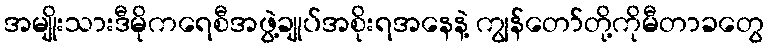
အမျိုးသားဒီမိုကရေစီအဖွဲ့ချုပ်အစိုးရအနေနဲ့ ကျွန်တော်တို့ကိုမီတာခတွေ